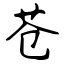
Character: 苍